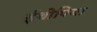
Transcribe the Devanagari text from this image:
ईथोपिया